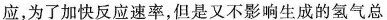
应，为了加快反应速率，但是又不影响生成的氢气总